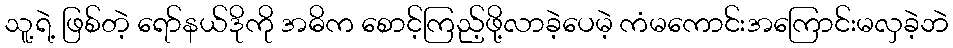
သူ့ရဲ့ ဖြစ်တဲ့ ရော်နယ်ဒိုကို အဓိက စောင့်ကြည့်ဖို့လာခဲ့ပေမဲ့ ကံမကောင်းအကြောင်းမလှခဲ့ဘဲ